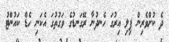
ދެ ކުށްވެރިން ފިލި އިރުގަ ހެނދުނާ ރޭގަނޑުގެ ވަގުތުގަ އެކަނި ހެޑް ކައުންޓު